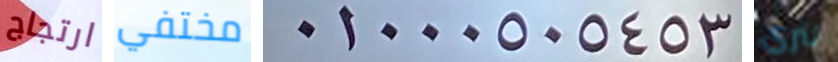
ارتجاج مختفي 01000505453 لتري